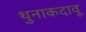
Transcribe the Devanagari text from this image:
थुनाकदावू